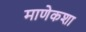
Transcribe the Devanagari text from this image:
माणेकशा